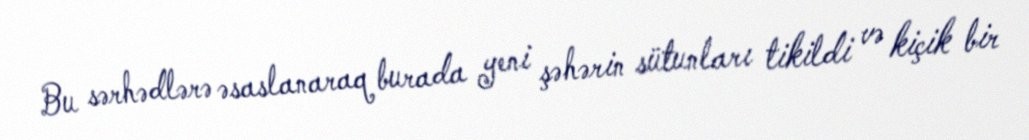
Bu sərhədlərə əsaslanaraq burada yeni şəhərin sütunları tikildi və kiçik bir